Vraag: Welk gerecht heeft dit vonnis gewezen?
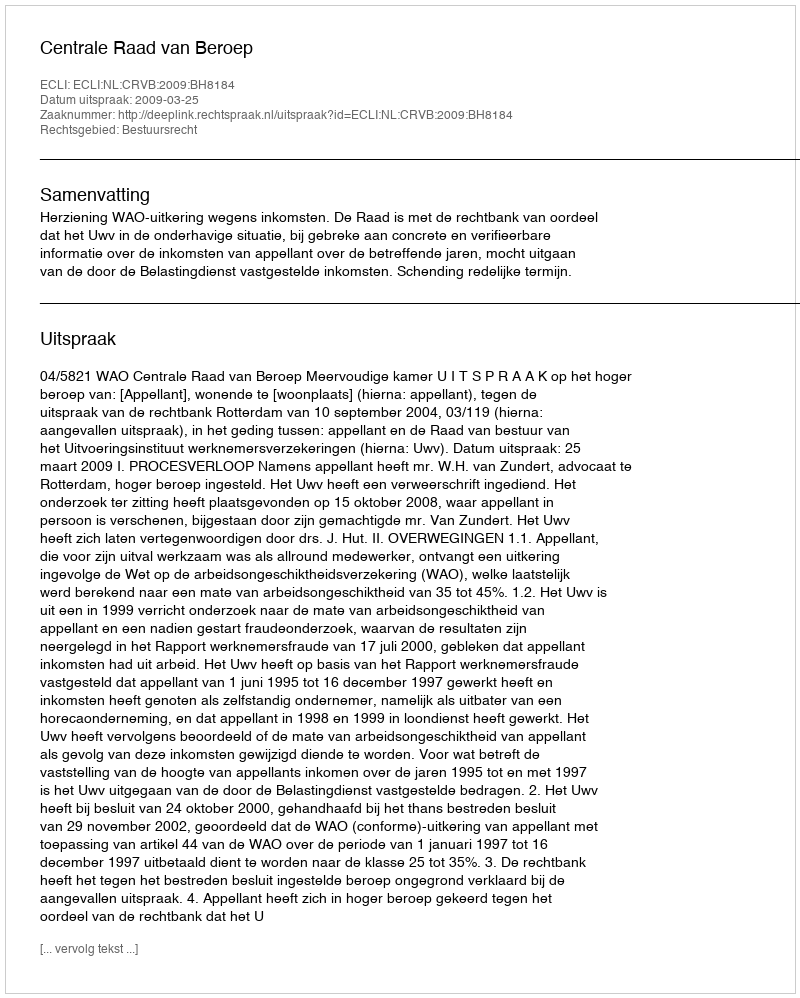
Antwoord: Centrale Raad van Beroep